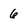
Character: 6